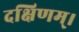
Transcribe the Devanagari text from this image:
दक्षिणम्।